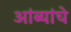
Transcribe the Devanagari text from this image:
आंब्यांचे